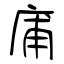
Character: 庯